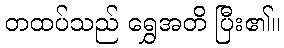
တထပ်သည် ရွှေအတိ ပြီး၏။